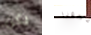
يكن عجوزا